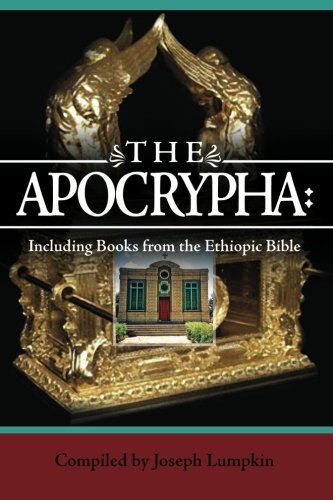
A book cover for The Apocrypha: Including Books from the Ethiopic Bible; Joseph B. Lumpkin; Reference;